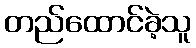
တည်ထောင်ခဲ့သူ